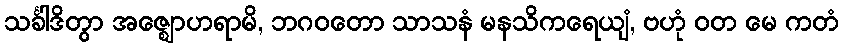
သင်္ခါဒိတွာ အဇ္ဈောဟရာမိ, ဘဂဝတော သာသနံ မနသိကရေယျံ, ဗဟုံ ဝတ မေ ကတံ